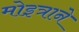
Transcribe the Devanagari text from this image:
मोइत्राने